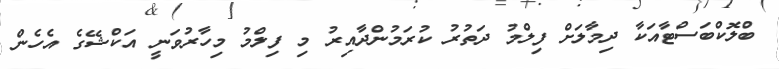
ބްލޮކްބަސްޓާއަކާ ދިމާލަށް ފިލްމު ދަތުރު ކުރަމުންދާއިރު މި ފިލްމު މިހާރުވަނީ އަކްޝޭގެ އެހެން